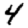
Digit: 4